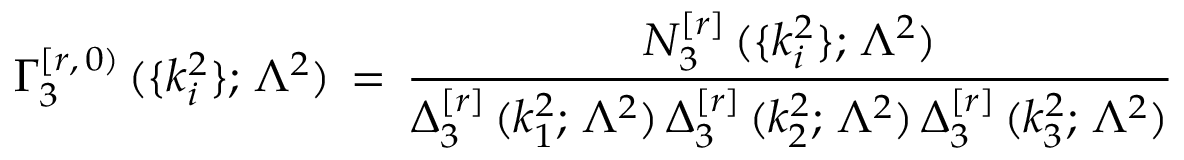
\Gamma _ { 3 } ^ { [ r , \, 0 ) } \, ( \{ k _ { i } ^ { 2 } \} ; \, \Lambda ^ { 2 } ) \, = \, \frac { N _ { 3 } ^ { [ r ] } \, ( \{ k _ { i } ^ { 2 } \} ; \, \Lambda ^ { 2 } ) } { \Delta _ { 3 } ^ { [ r ] } \, ( k _ { 1 } ^ { 2 } ; \, \Lambda ^ { 2 } ) \, \Delta _ { 3 } ^ { [ r ] } \, ( k _ { 2 } ^ { 2 } ; \, \Lambda ^ { 2 } ) \, \Delta _ { 3 } ^ { [ r ] } \, ( k _ { 3 } ^ { 2 } ; \, \Lambda ^ { 2 } ) }